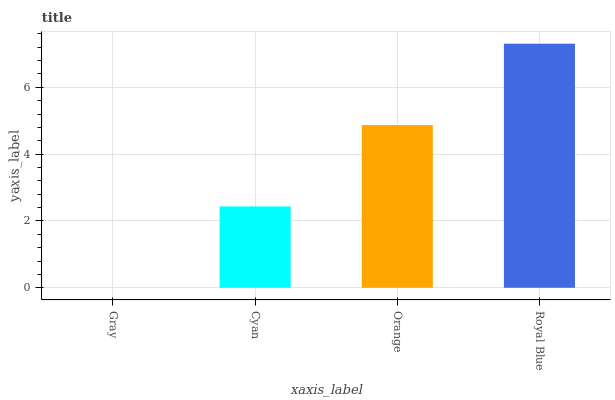
| xaxis_label | bars |
 | --- | --- |
 | Gray | 0 |
 | Cyan | 2.43 |
 | Orange | 4.87 |
 | Royal Blue | 7.3 |